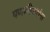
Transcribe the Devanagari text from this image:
पणशीकरांना